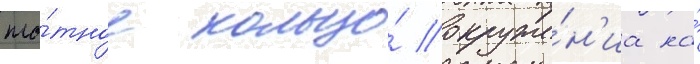
пло́тное кольцо́ окруже́н'иа на́